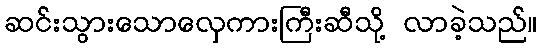
ဆင်းသွားသောလှေကားကြီးဆီသို့ လာခဲ့သည်။